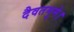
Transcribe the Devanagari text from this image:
दैवतमुमे।